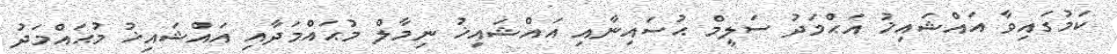
ކަމުގައިވާ އައްޝައިޚު އަޙްމަދު ސަލީމް ޙުސައިނާއި އައްޝައިޚު ނިމާލް މުޙައްމަދާއި އައްޝައިޚު މުޙައްމަދު